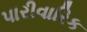
પારીવારિક